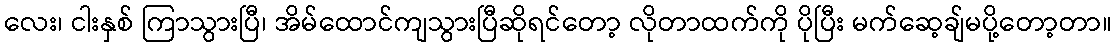
လေး၊ ငါးနှစ် ကြာသွားပြီ၊ အိမ်ထောင်ကျသွားပြီဆိုရင်တော့ လိုတာထက်ကို ပိုပြီး မက်ဆေ့ချ်မပို့တော့တာ။